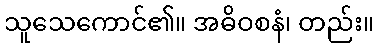
သူသေကောင်၏။ အဓိဝစနံ၊ တည်း။